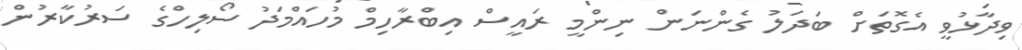
ވިދާޅުވީ އެގޮތަށް ބަދަލު ގެންނަން ނިންމީ ރައީސް އިބްރާހިމް މުހައްމަދު ސޯލިހްގެ ސަރުކާރުން